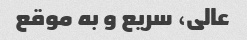
عالى، سریع و به موقع